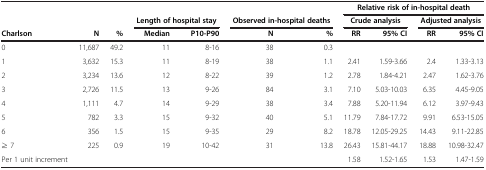
<table><thead><tr><td><b> </b></td><td><b> </b></td><td><b> </b></td><td><b> </b></td><td><b> </b></td><td><b> </b></td><td><b> </b></td><td colspan="4"><b>Relative risk of in-hospital death</b></td></tr><tr><td><b> </b></td><td><b> </b></td><td><b> </b></td><td colspan="2"><b>Length of hospital stay</b></td><td colspan="2"><b>Observed in-hospital deaths</b></td><td colspan="2"><b>Crude analysis</b></td><td colspan="2"><b>Adjusted analysis</b></td></tr><tr><td><b>Charlson</b></td><td><b>N</b></td><td><b>%</b></td><td><b>Median</b></td><td><b>P10-P90</b></td><td><b>N</b></td><td><b>%</b></td><td><b>RR</b></td><td><b>95% CI</b></td><td><b>RR</b></td><td><b>95% CI</b></td></tr></thead><tbody><tr><td>0</td><td>11,687</td><td>49.2</td><td>11</td><td>8-16</td><td>38</td><td>0.3</td><td> </td><td> </td><td> </td><td> </td></tr><tr><td>1</td><td>3,632</td><td>15.3</td><td>11</td><td>8-19</td><td>38</td><td>1.1</td><td>2.41</td><td>1.59-3.66</td><td>2.4</td><td>1.33-3.13</td></tr><tr><td>2</td><td>3,234</td><td>13.6</td><td>12</td><td>8-22</td><td>39</td><td>1.2</td><td>2.78</td><td>1.84-4.21</td><td>2.47</td><td>1.62-3.76</td></tr><tr><td>3</td><td>2,726</td><td>11.5</td><td>13</td><td>9-26</td><td>84</td><td>3.1</td><td>7.10</td><td>5.03-10.03</td><td>6.35</td><td>4.45-9.05</td></tr><tr><td>4</td><td>1,111</td><td>4.7</td><td>14</td><td>9-29</td><td>38</td><td>3.4</td><td>7.88</td><td>5.20-11.94</td><td>6.12</td><td>3.97-9.43</td></tr><tr><td>5</td><td>782</td><td>3.3</td><td>15</td><td>9-32</td><td>40</td><td>5.1</td><td>11.79</td><td>7.84-17.72</td><td>9.91</td><td>6.53-15.05</td></tr><tr><td>6</td><td>356</td><td>1.5</td><td>15</td><td>9-35</td><td>29</td><td>8.2</td><td>18.78</td><td>12.05-29.25</td><td>14.43</td><td>9.11-22.85</td></tr><tr><td>≥ 7</td><td>225</td><td>0.9</td><td>19</td><td>10-42</td><td>31</td><td>13.8</td><td>26.43</td><td>15.81-44.17</td><td>18.88</td><td>10.98-32.47</td></tr><tr><td>Per 1 unit increment</td><td> </td><td> </td><td> </td><td> </td><td> </td><td> </td><td>1.58</td><td>1.52-1.65</td><td>1.53</td><td>1.47-1.59</td></tr></tbody></table>